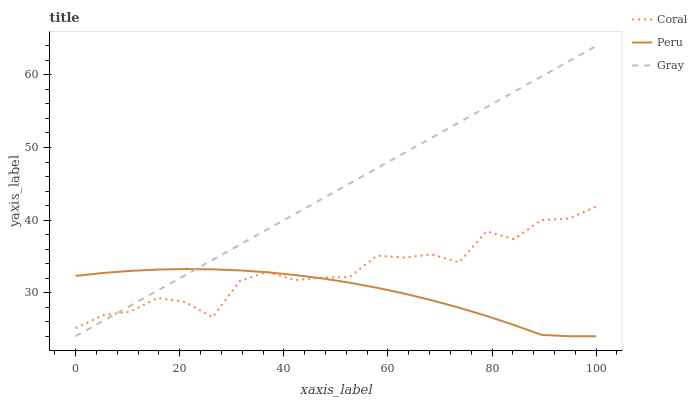
| xaxis_label | Coral | Peru | Gray |
 | --- | --- | --- | --- |
 | 0 | 25.1 | 32.3 | 24 |
 | 5.26 | 26.9 | 32.7 | 26.1 |
 | 10.5 | 27.4 | 33 | 28.2 |
 | 15.8 | 29.3 | 33.2 | 30.3 |
 | 21.1 | 28.7 | 33.3 | 32.4 |
 | 26.3 | 26.6 | 33.2 | 34.5 |
 | 31.6 | 31.6 | 33.1 | 36.6 |
 | 36.8 | 32.9 | 32.8 | 38.7 |
 | 42.1 | 31.7 | 32.4 | 40.8 |
 | 47.4 | 32.1 | 32 | 42.9 |
 | 52.6 | 32.2 | 31.4 | 45 |
 | 57.9 | 35.1 | 30.7 | 47.1 |
 | 63.2 | 34.8 | 29.9 | 49.2 |
 | 68.4 | 35.3 | 29 | 51.4 |
 | 73.7 | 34.2 | 27.9 | 53.5 |
 | 78.9 | 38.5 | 26.8 | 55.6 |
 | 84.2 | 37.4 | 25.6 | 57.7 |
 | 89.5 | 40 | 24.2 | 59.8 |
 | 94.7 | 40.2 | 24 | 61.9 |
 | 100 | 41.9 | 24 | 64 |